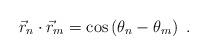
LaTeX: \begin{align*}\vec{r}_{n}\cdot \vec{r}_{m}=\cos \left( \theta _{n}-\theta _{m}\right) ~.\end{align*}